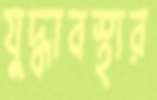
যুদ্ধাবস্থার